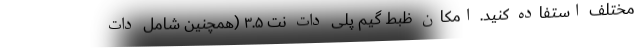
مختلف استفاده کنید. امکان ظبط گیم پلی دات نت ۳.۵ (همچنین شامل دات